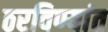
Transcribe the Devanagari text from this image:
ठरविण्यांत